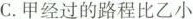
C.甲经过的路程比乙小